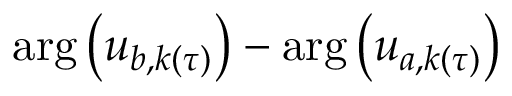
\arg \left( u _ { b , k ( \tau ) } \right) - \arg \left( u _ { a , k ( \tau ) } \right)